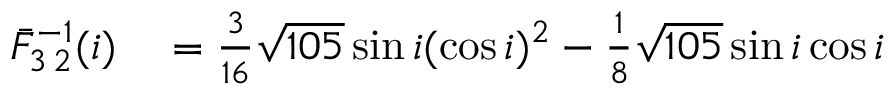
\begin{array} { r l } { \bar { F } _ { 3 \, 2 } ^ { - 1 } ( i ) } & { { } = \frac { 3 } { 1 6 } \sqrt { 1 0 5 } \sin i ( \cos i ) ^ { 2 } - \frac { 1 } { 8 } \sqrt { 1 0 5 } \sin i \cos i } \end{array}